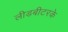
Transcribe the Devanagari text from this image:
लीडबीटरके